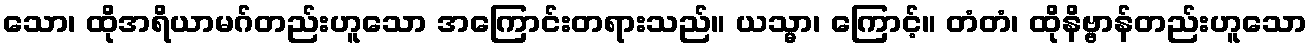
သော၊ ထိုအရိယာမဂ်တည်းဟူသော အကြောင်းတရားသည်။ ယသ္မာ၊ ကြောင့်။ တံတံ၊ ထိုနိဗ္ဗာန်တည်းဟူသော